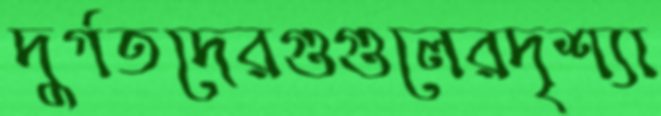
দুর্গতদেরগুগুলেরদৃশ্যা